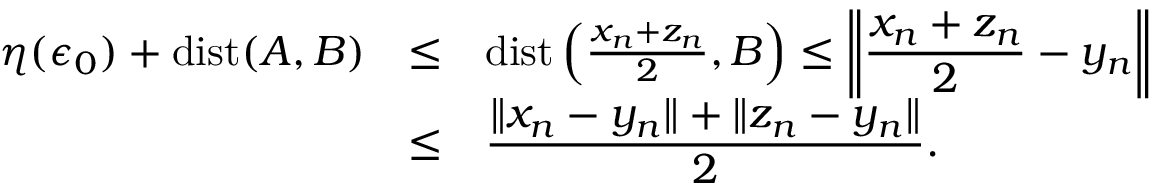
\begin{array} { l l l } { \eta ( \epsilon _ { 0 } ) + \mathrm { d i s t } ( A , B ) } & { \leq } & { \mathrm { d i s t } \left( \frac { x _ { n } + z _ { n } } { 2 } , B \right) \leq \left\| \displaystyle \frac { x _ { n } + z _ { n } } { 2 } - y _ { n } \right\| } \\ & { \leq } & { \displaystyle \frac { \| x _ { n } - y _ { n } \| + \| z _ { n } - y _ { n } \| } { 2 } . } \end{array}